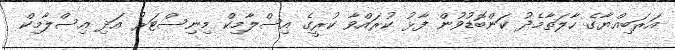
އަރަބިއްޔާގެ ހާލަތާމެދު ކަންބޮޑުވުން ފާޅު ކުރައްވާ ކުރީގެ އިސްލާމިކް މިނިސްޓަރު އަދި އިސްލާމިކް